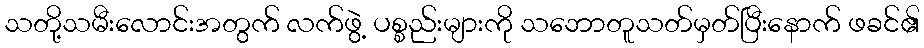
သတို့သမီးလောင်းအတွက် လက်ဖွဲ့ ပစ္စည်းများကို သဘောတူသတ်မှတ်ပြီးနောက် ဖခင်၏